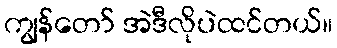
ကျွန်တော် အဲဒီလိုပဲထင်တယ်။